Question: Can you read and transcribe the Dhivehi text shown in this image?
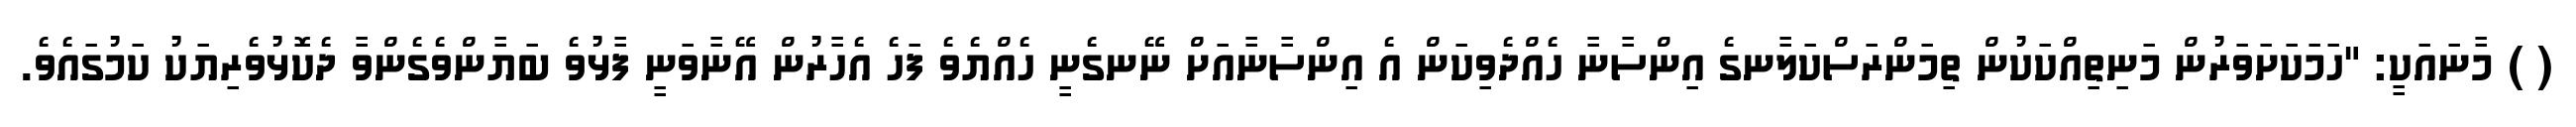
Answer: ( ) މާނައަކީ: "ހަމަކަށަވަރުން މަނިތިއްކަކުން ތިމަންރަސްކަލާނގެ އިންސާނާ ހެއްދެވިކަން އެ އިންސާނާއަށް ނޭނގެނީ ހެއްޔެވެ ފަހެ އެހާރުން އޭނާވަނީ ފާޅުވެ ބަޔާންވެގެންވާ ދެކޮޅުވެރިޔަކު ކަމުގައެވެ.